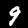
Digit: 9